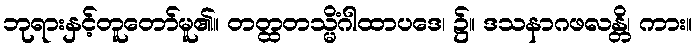
ဘုရားနှင့်တူတော်မူ၏။ တတ္ထတသ္မိံဂါထာပဒေ၊ ၌။ ဒသနာဂဖလန္တိ၊ ကား။